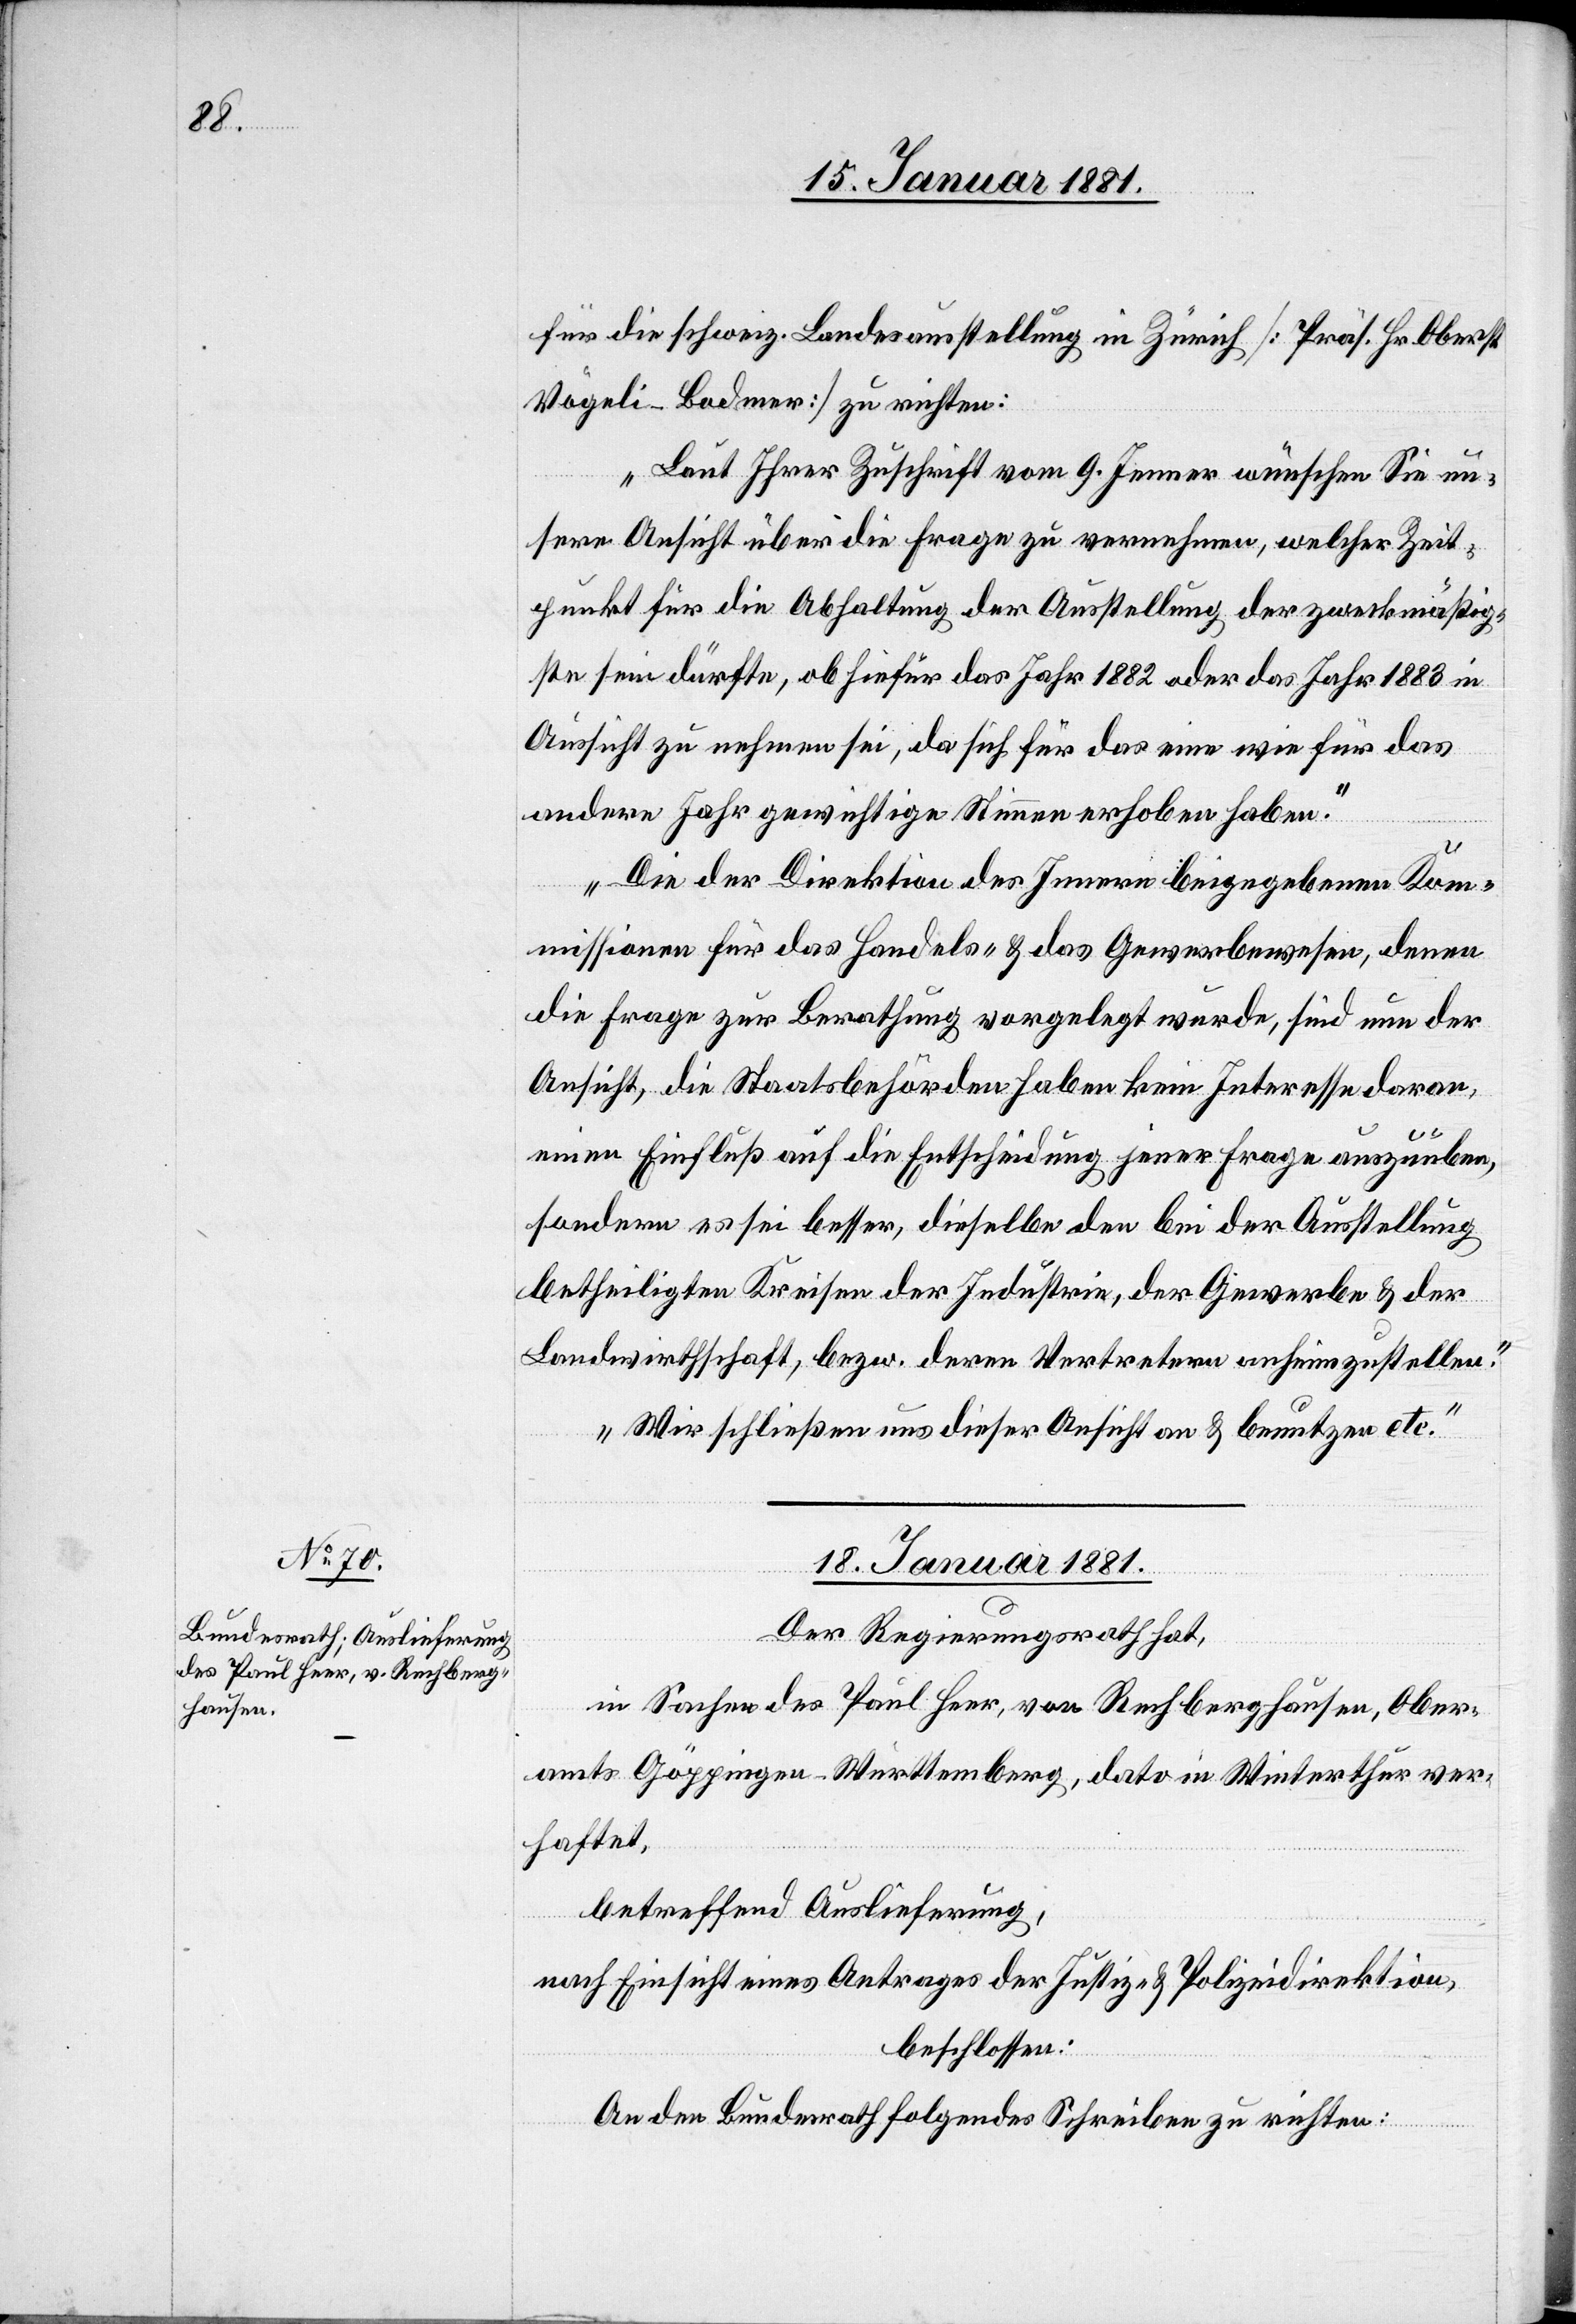
für die schweiz. Landesaustellung in Zürich [Präs. Hr. Oberst
Vögeli-Bodmer] zu richten:
„Laut Ihrer Zuschrift vom 9. Jenner wünschen Sie un¬
sere Ansicht über die Frage zu vernehmen, welcher Zeit¬
punkt für die Abhaltung der Ausstellung der zweckmäßig¬
ste sein dürfte, ob hiefür das Jahr 1882 oder das Jahr 1883 in
Aussicht zu nehmen sei, da sich für das eine wie für das
andere Jahr gewichtige Stimmen erhoben haben.“
„Die der Direktion des Innern beigegebene Kom¬
missionen für das Handels- & Gewerbemuseum, denen
die Frage zur Berathung vorgelegt wurde, sind nun der
Ansicht, die Staatsbehörden haben kein Interesse daran,
einen Einfluß auf die Entscheidung jener Frage auszuüben,
sondern es sei besser, dieselbe den bei der Ausstellung
betheiligten Kreisen der Industrie, der Gewerbe & der
Landwirthschaft, bezw. deren Vertretern anheim zustellen.“
„Wir schließen uns dieser Ansicht an & benutzen etc.“
18. Januar 1881.
Der Regierungsrath hat,
in Sachen des Paul Heer, von Rechberghausen, Ober¬
amts Göppingen - Württemberg, dato in Winterthur ver¬
haftet,
betreffen Auslieferung,
nach Einsicht eines Antrages der Justiz- & Polizeidirektion,
beschlossen:
An den Bundesrath folgendes Schreiben zu richten: